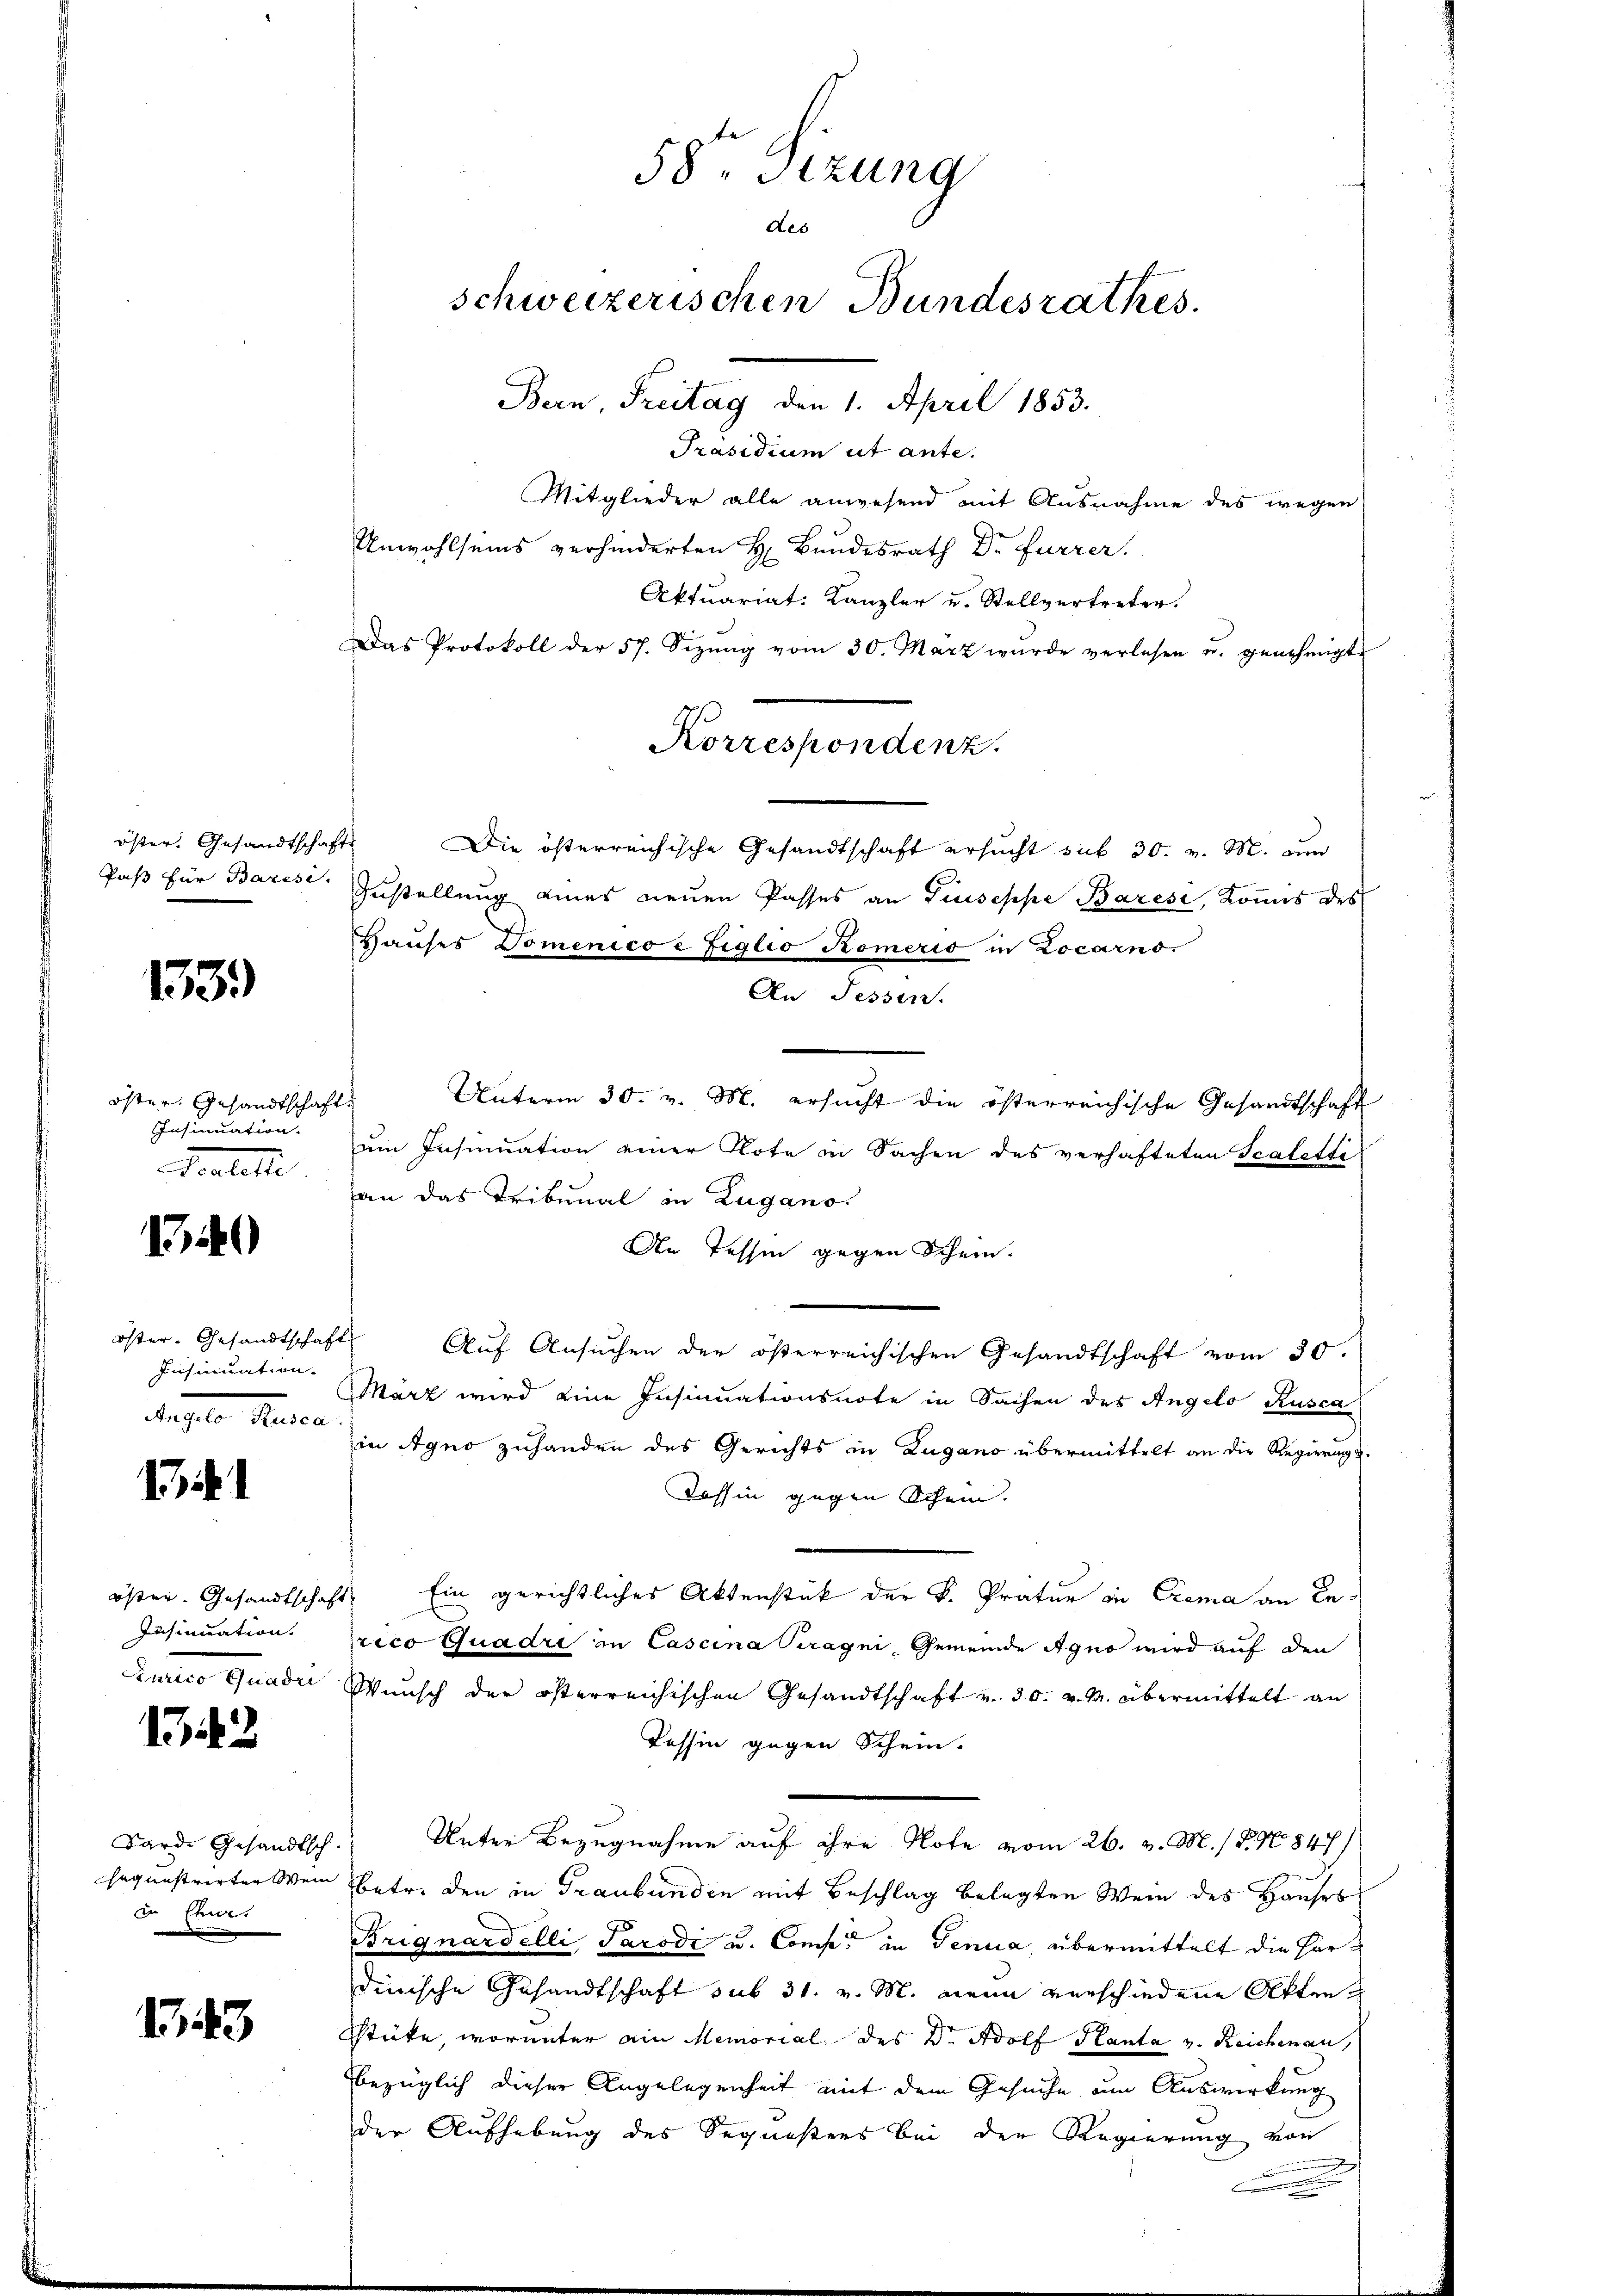
öster, Gesandtschaft
Paß für Baresi

1339)

öster Gesandtschaft
Insinuation.
Teateri

1340

Insinuation.
agler Ausna

131

östen. Gesandtschaft
Insinuation.

142

Sard. Gesandtsch.
sequestrirter Wein
in Ehe.

1343

58te Sizung
de
schweizerischen Bundesrathes.
Bern, Freitag den 1. April 1853.
Präsidium ut ante.
Mitglieder alle anwesend mit Ausnahme des wegen

Korrespondenz.

Unwohlseins verhinderten H. Bundesrath Dr Furrer.
Aktuariat: Kanzler u. Stellvertreter.
Das Protokoll der 57. Sizŭng vom 30. März wurde verlesen u. genehmigte
Die österreichische Gesandtschaft ersucht sub 30. v. M. um
Zustellung eines neuen Passes an Giuseppe Barese, Kons des
Hauses Domenico e figlio Komerio in Locarno.
An Sessen.
Unterm 30. v. M. ersucht die österreichische Gesandtschaft
um Insinuation einer Note in Sachen des verhafteten Scaletti
an das Tribunal in Zugano
n Tessin gegen Schein.
öster. Gesandtschaft Aŭf Ansŭchen der österreichischen Gesandtschaft vom 30.
MMarz wird eine Insinuationsnote in Sachen des Angelo Rusca
in Agno zuhanden des Gerichts in Lugano übermittelt an die Regierungs¬
Tessin gegen Schein.
Ein gerichtliches Aktenstück der K. Pratur in Crema an In¬
E
pico Quadri in Cascina Seragni, Gemeinde Agno wird auf den
Curico Quadii Wunsch der österreichischen Gesandtschaft v. 30. v. M. übermittelt an
Tessin gegen Schein.
Unter Bezugnahme auf ihre Note vom 26. v. M. / B. No. 1847/
betr. den in Graubünden mit Beschlag belegten Wein des Hauses
Brignardelli, Parodi u. Comp. in Genua, übermittelt die Herdinische Gesandtschaft sub 31. v. M. mein verschiedene Akten
Stüke, worunter ain Memorial des Dr. Adolf Hanta v. Reichenau,
bezüglich dieser Angelegenheit mit dem Gesuche um Auswirkung
der Aufhebung des Sequesters bei der Regierung von